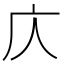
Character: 庂